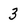
Character: 3